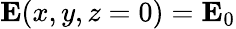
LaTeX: \mathbf{E}(x,y,z=0)=\mathbf{E}_{0}